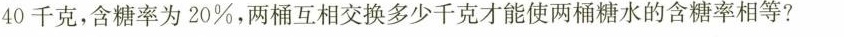
糖水40千克，含糖率为20\%，两桶互相交换多少千克才能使两桶糖水的含糖率相等?